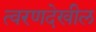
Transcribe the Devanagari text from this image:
त्वरणदेखील